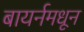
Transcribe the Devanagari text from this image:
बायर्नमधून